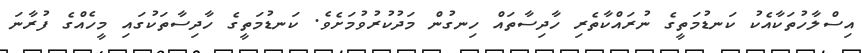
އިސްލާހުތަކާއެކު ކަނޑުމަތީގެ ނުރައްކާތެރި ހާދިސާތައް ހިނގުން މަދުކުރުވުމަށެވެ. ކަނޑުމަތީގެ ހާދިސާތަކުގައި މީހެއްގެ ފުރާނަ